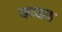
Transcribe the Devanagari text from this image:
वव्यय